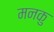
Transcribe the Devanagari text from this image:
मनकु